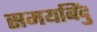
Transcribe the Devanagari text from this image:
समयबिंदु